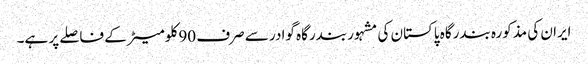
ایران کی مذکورہ بندرگاہ پاکستان کی مشہور بندرگاہ گوادر سے صرف 90 کلومیٹر کے فاصلے پر ہے۔